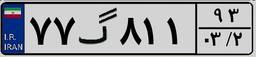
۷۷گ۸۱۱۹۳